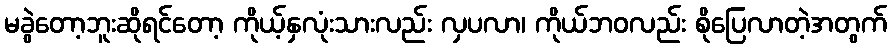
မခွဲတော့ဘူးဆိုရင်တော့ ကိုယ့်နှလုံးသားလည်း လှပလာ၊ ကိုယ်ဘဝလည်း စိုပြေလာတဲ့အတွက်